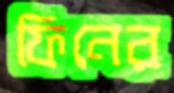
ফিনের